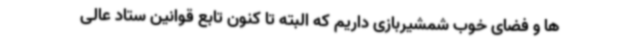
ها و فضای خوب شمشیربازی داریم که البته تا کنون تابع قوانین ستاد عالی